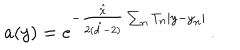
LaTeX: a ( y ) = e ^ { - \frac { \hat { \chi } } { 2 ( \hat { d } - 2 ) } \sum _ { n } T _ { n } | y - y _ { n } | } \, .